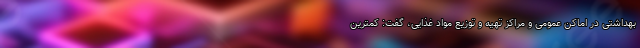
بهداشتی در اماکن عمومی و مراکز تهیه و توزیع مواد غذایی، گفت: کمترین